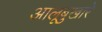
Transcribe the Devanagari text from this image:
आलूबुखारे